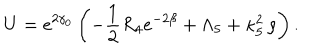
U = e ^ { 2 \gamma _ { 0 } } \left( - \frac 1 2 R _ { 4 } e ^ { - 2 \beta } + \Lambda _ { 5 } + \kappa _ { 5 } ^ { 2 } \, \rho \right) .